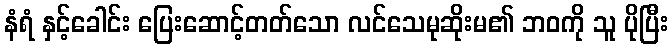
နံရံ နှင့်ခေါင်း ပြေးဆောင့်တတ်သော လင်သေမုဆိုးမ၏ ဘဝကို သူ ပိုပြီး